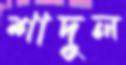
শাদুল